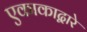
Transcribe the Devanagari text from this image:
एकाकाद्वारे